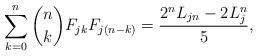
LaTeX: \begin{align*}\sum_{k=0}^{n} {n\choose k} F_{jk} F_{j(n-k)} = \frac{ 2^n L_{jn} - 2 L_j^n}{5},\end{align*}